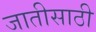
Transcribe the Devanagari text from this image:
जातीसाठी